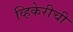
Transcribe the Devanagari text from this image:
व्हिकेरीची